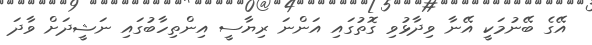
އޭގެ ބޭނުމަކީ އޭނާ ވިދާޅުވި ގޮތުގައި އަންނަ ރިޔާސީ އިންތިހާބުގައި ނަޝީދަށް ވާދަ